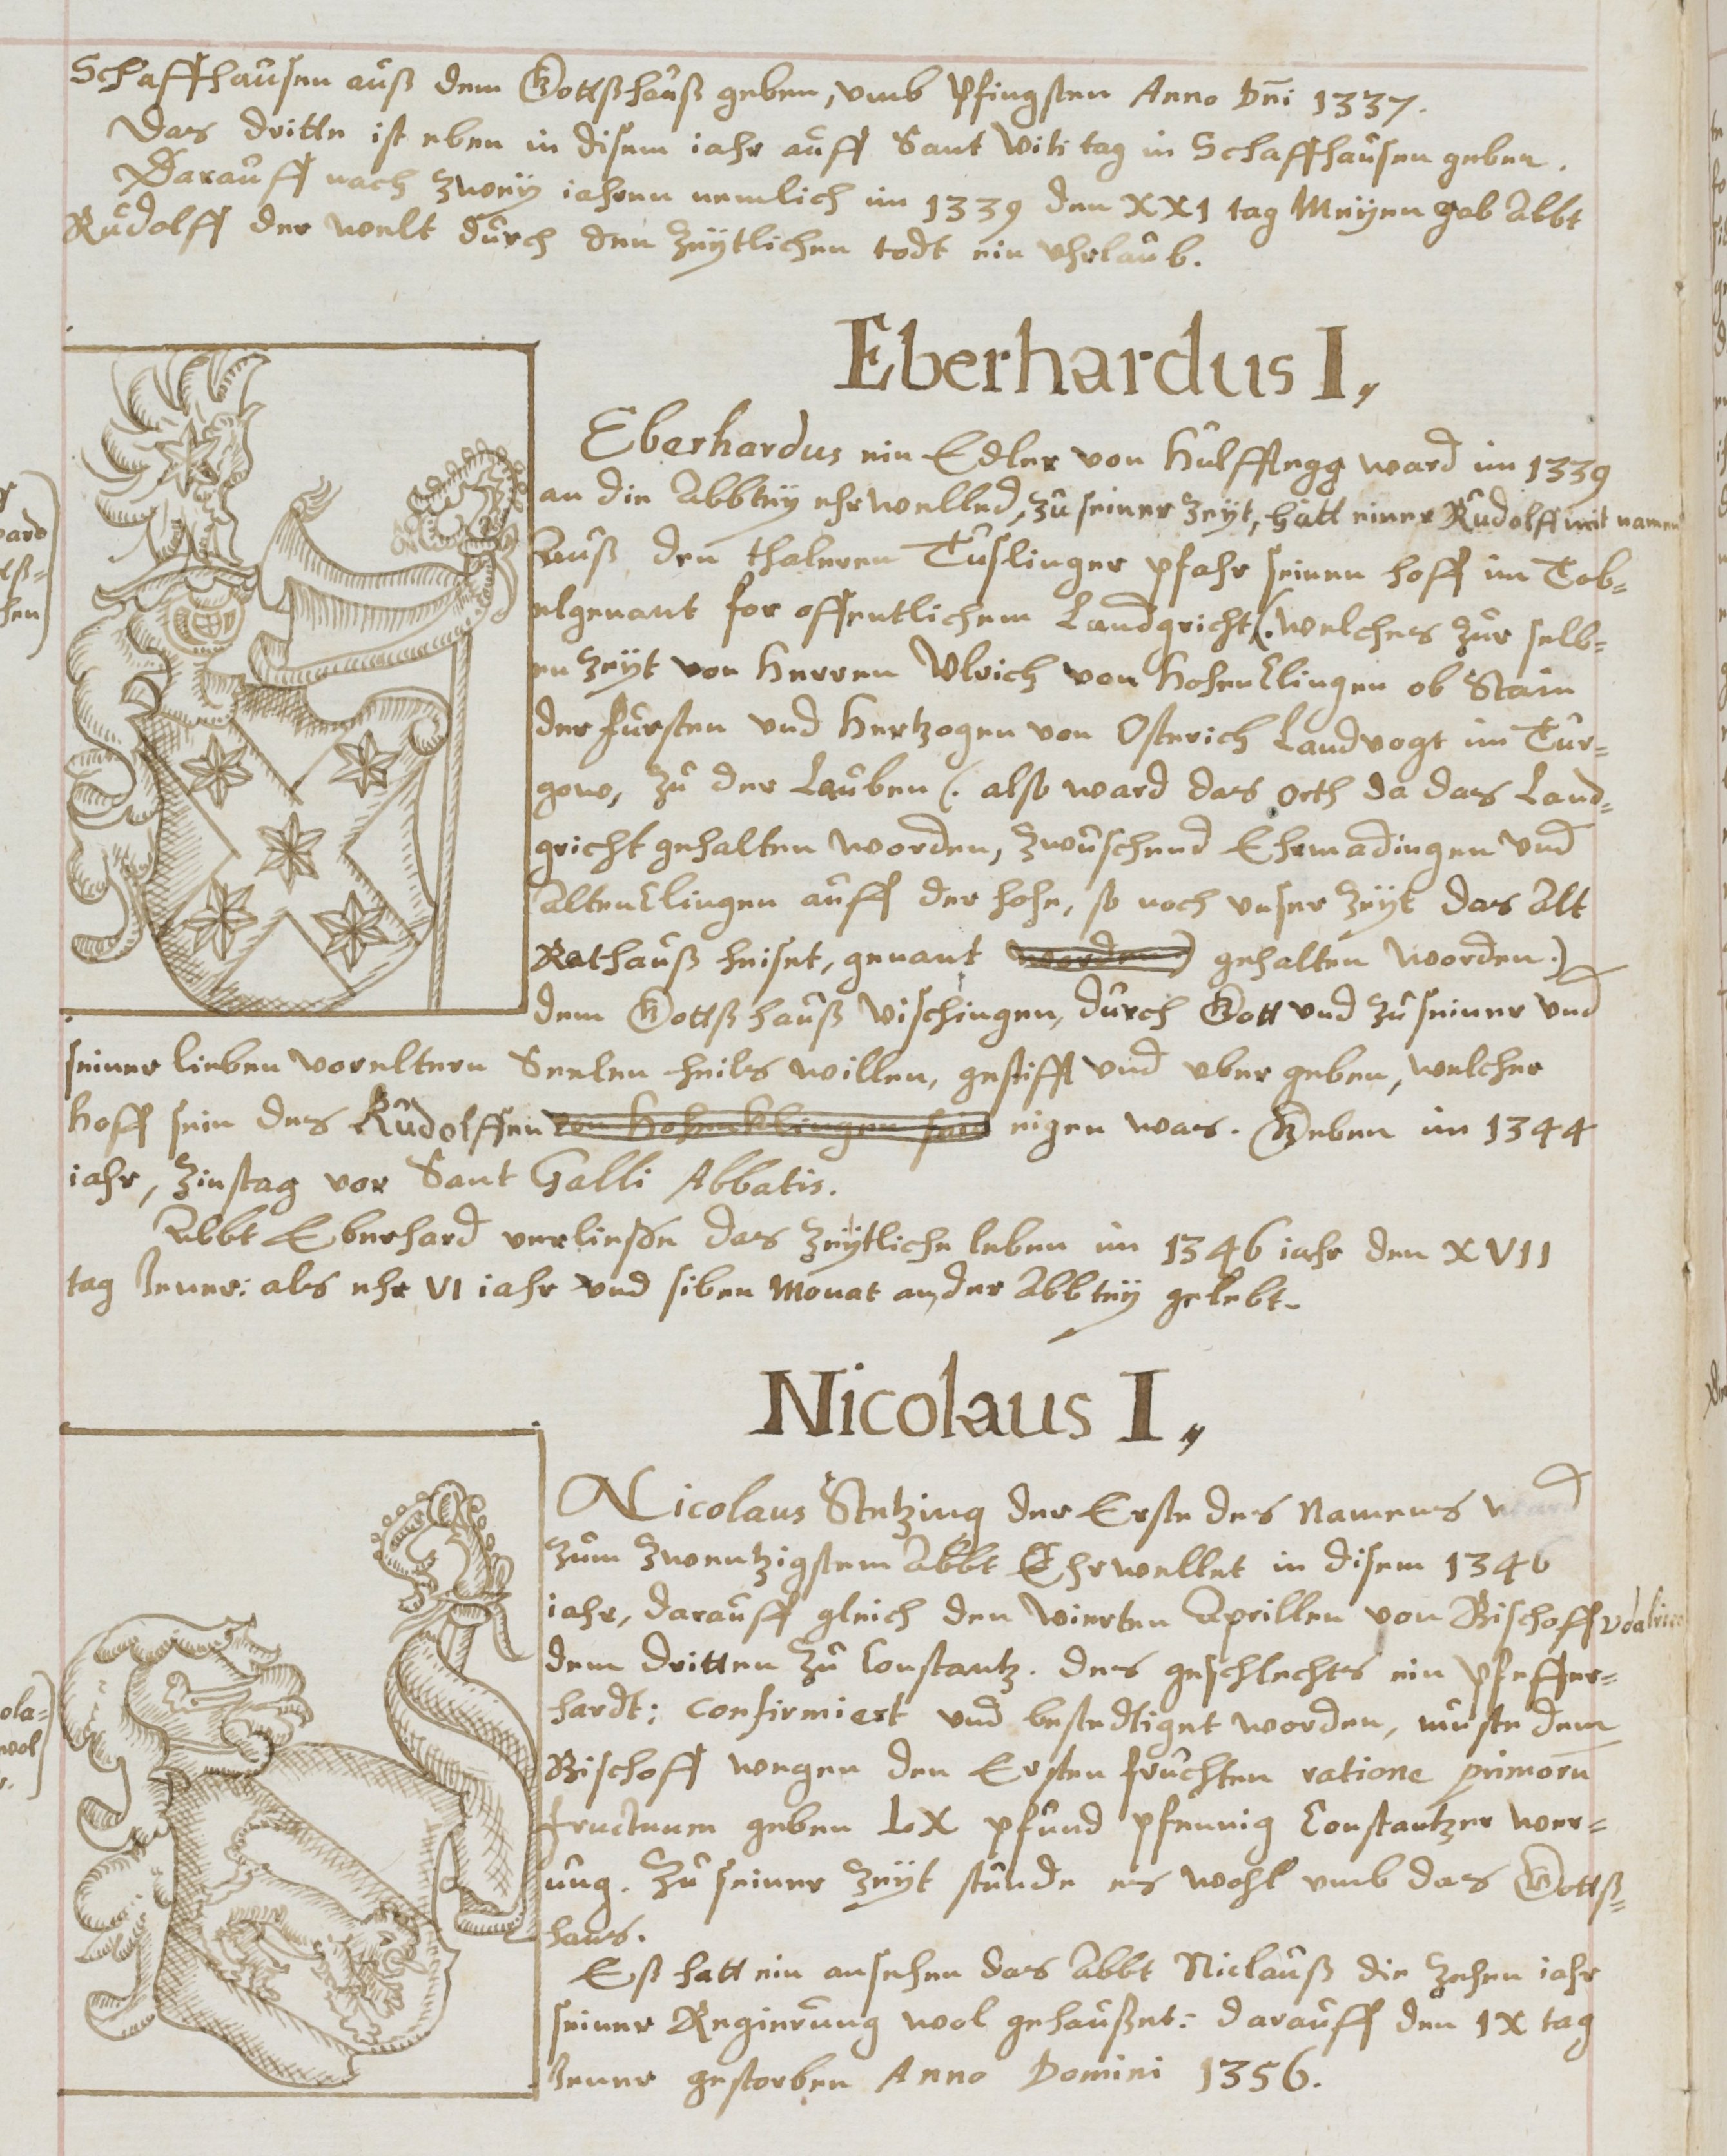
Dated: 1619–1649